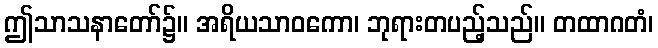
ဤသာသနာတော်၌။ အရိယသာဝကော၊ ဘုရားတပည့်သည်။ တထာဂတံ၊